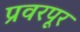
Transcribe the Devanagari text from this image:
प्रवरपूर